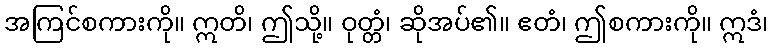
အကြင်စကားကို။ ဣတိ၊ ဤသို့။ ဝုတ္တံ၊ ဆိုအပ်၏။ ဧတံ၊ ဤစကားကို။ ဣဒံ၊